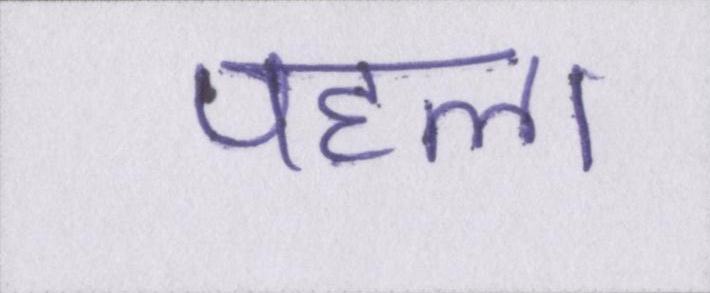
पहल।